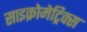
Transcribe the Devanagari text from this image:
साइक्रोमेट्रिक्स